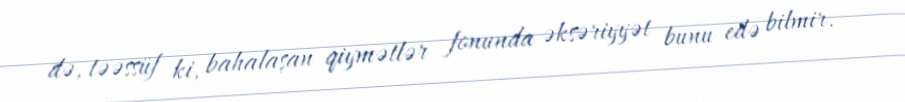
də, təəssüf ki, bahalaşan qiymətlər fonunda əksəriyyət bunu edə bilmir.